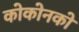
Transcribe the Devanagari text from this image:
कोकोनको